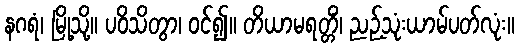
နဂရံ၊ မြို့သို့။ ပဝိသိတွာ၊ ဝင်၍။ တိယာမရတ္တိံ၊ ညဉ့်သုံးယာမ်ပတ်လုံး။